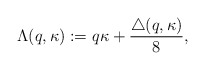
\begin{align*}\Lambda (q,\kappa):=q\kappa +\frac{\triangle(q,\kappa)}{8},\end{align*}